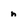
Character: n